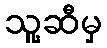
သူ့ဆီမှ